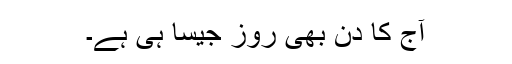
آج کا دن بھی روز جیسا ہی ہے۔